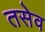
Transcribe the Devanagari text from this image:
तसेव